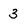
Character: 3